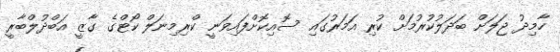
ހާމިދު ޖަލަށް ބަދަލުކުރުމަށް ކުރި އަމަރުގައި ސޮއިކޮށްފައިވަނީ ކްރިމިނަލް ކޯޓްގެ ގާޒީ އަބްދުލްބާރީ